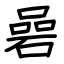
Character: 碞